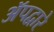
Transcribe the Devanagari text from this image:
ॲपद्वारे